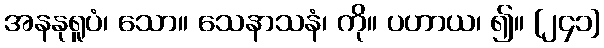
အနနုရူပံ၊ သော။ သေနာသနံ၊ ကို။ ပဟာယ၊ ၍။ [၂၄၁]